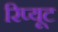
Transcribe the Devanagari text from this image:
रिप्यूट